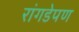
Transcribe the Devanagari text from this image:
रांगडेपण